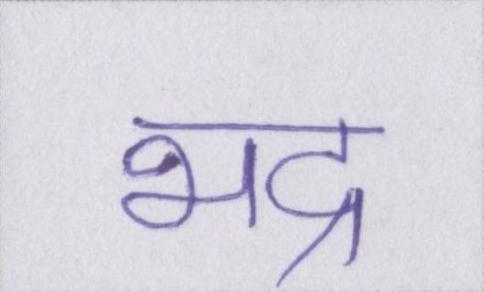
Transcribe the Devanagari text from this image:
भद्र